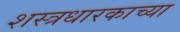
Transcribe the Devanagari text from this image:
शस्त्रधारकाच्या